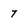
Character: 7